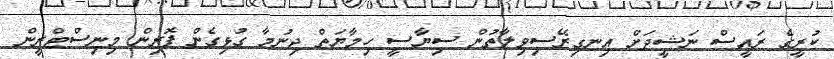
ކުރީގެ ރައީސް ނަޝީދަށް އިނގިރޭސިވިލާތުން ސިޔާސީ ހިމާޔަތް ދިނުމާ ގުޅިގެން ފޮރިން މިނިސްޓްރީން